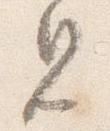
見